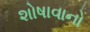
શોષાવાનો